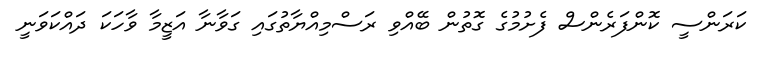
ކަރަންސީ ކޮންފަރެންސް ފެށުމުގެ ގޮތުން ބޭއްވި ރަސްމިއްޔާތުގައި ގަވާނާ އަޒީމާ ވާހަކަ ދައްކަވަނީ